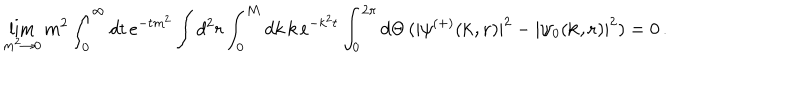
\lim _ { m ^ { 2 } \to 0 } m ^ { 2 } \int _ { 0 } ^ { \infty } d t \, e ^ { - t m ^ { 2 } } \int d ^ { 2 } r \int _ { 0 } ^ { M } d k \, k \, e ^ { - k ^ { 2 } t } \int _ { 0 } ^ { 2 \pi } d \Theta \, ( | \psi ^ { ( + ) } ( { \bf k , r } ) | ^ { 2 } - | \psi _ { 0 } ( { \bf k , r } ) | ^ { 2 } ) = 0 \, .